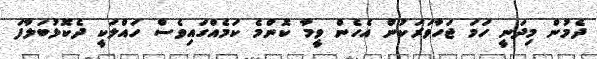
ދެމުން މިދަނީ ހަމަ ޖަހާވަރަކުން އެހެން ވީމާ ކޮންމެ ކަމެއްގައިވެސް ހައްލަކީ ދެކޮޅުބަލާފަ